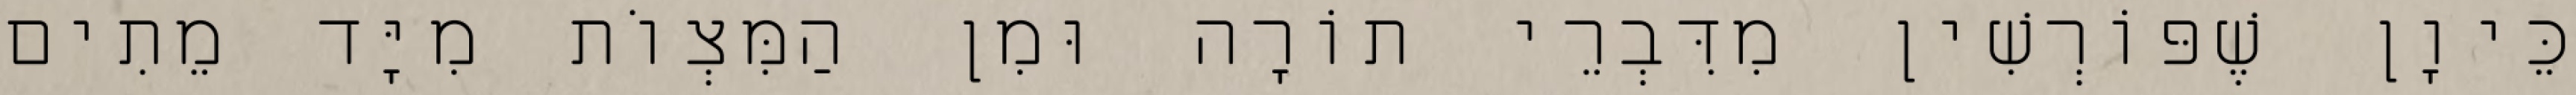
כֵּיוָן שֶׁפּוֹרְשִׁין מִדִּבְרֵי תוֹרָה וּמִן הַמִּצְוֹת מִיָּד מֵתִים